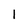
Character: 1